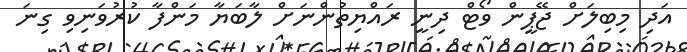
އަދި މިބިލަށް ޖޭޕީން ވޯޓް ދިނީ ރައްޔިތުންނަށް ލާބަޔާ މަންފާ ކުރުވަނިވި ގިނަ